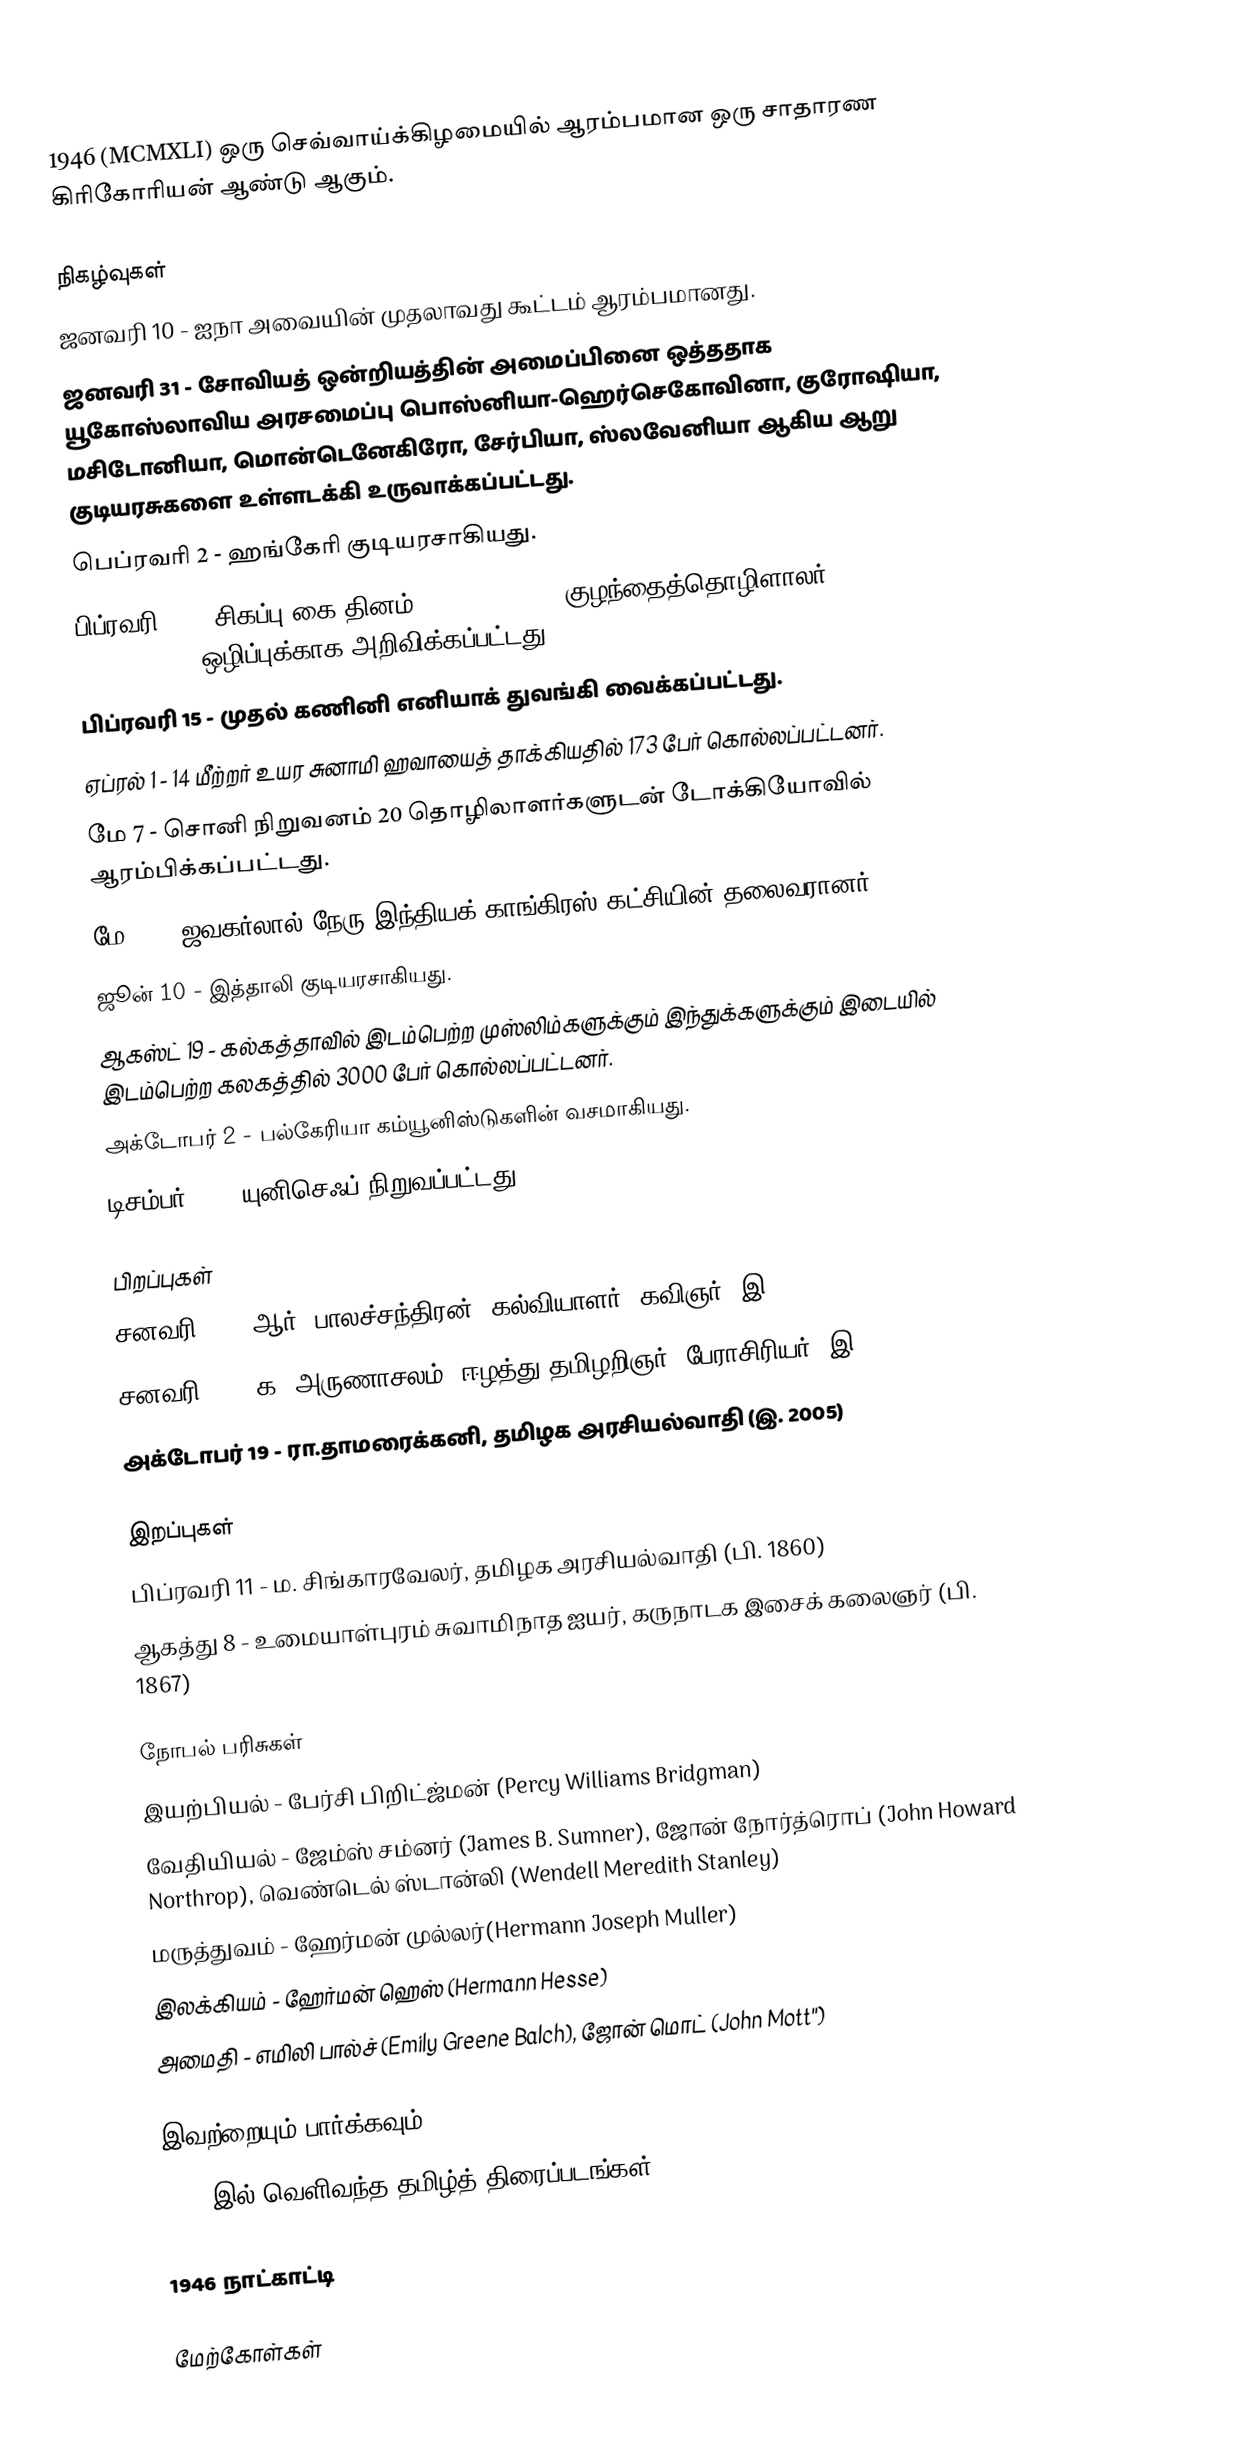
1946  (MCMXLI) ஒரு செவ்வாய்க்கிழமையில் ஆரம்பமான ஒரு சாதாரண கிரிகோரியன் ஆண்டு ஆகும்.

நிகழ்வுகள்
 ஜனவரி 10 - ஐநா அவையின் முதலாவது கூட்டம் ஆரம்பமானது.
 ஜனவரி 31 - சோவியத் ஒன்றியத்தின் அமைப்பினை ஒத்ததாக யூகோஸ்லாவிய அரசமைப்பு பொஸ்னியா-ஹெர்செகோவினா, குரோஷியா, மசிடோனியா, மொன்டெனேகிரோ, சேர்பியா, ஸ்லவேனியா ஆகிய ஆறு குடியரசுகளை உள்ளடக்கி உருவாக்கப்பட்டது.
 பெப்ரவரி 2 - ஹங்கேரி குடியரசாகியது.
 பிப்ரவரி 12 - சிகப்பு கை தினம் (Red Hand Day) குழந்தைத்தொழிளாலர் (Military use of children) ஒழிப்புக்காக அறிவிக்கப்பட்டது
 பிப்ரவரி 15 - முதல் கணினி எனியாக் துவங்கி வைக்கப்பட்டது.
 ஏப்ரல் 1 - 14 மீற்றர் உயர சுனாமி ஹவாயைத் தாக்கியதில் 173 பேர் கொல்லப்பட்டனர்.
 மே 7 - சொனி நிறுவனம் 20 தொழிலாளர்களுடன் டோக்கியோவில் ஆரம்பிக்கப்பட்டது.
 மே 10 - ஜவகர்லால் நேரு இந்தியக் காங்கிரஸ் கட்சியின் தலைவரானர்.
 ஜூன் 10 - இத்தாலி குடியரசாகியது.
 ஆகஸ்ட் 19 - கல்கத்தாவில் இடம்பெற்ற முஸ்லிம்களுக்கும் இந்துக்களுக்கும் இடையில் இடம்பெற்ற கலகத்தில் 3000 பேர் கொல்லப்பட்டனர்.
 அக்டோபர் 2 - பல்கேரியா கம்யூனிஸ்டுகளின் வசமாகியது.
 டிசம்பர் 11 - யுனிசெஃப் நிறுவப்பட்டது.

பிறப்புகள்
சனவரி 13 - ஆர். பாலச்சந்திரன், கல்வியாளர், கவிஞர் (இ. 2009)
சனவரி 14 - க. அருணாசலம், ஈழத்து தமிழறிஞர், பேராசிரியர் (இ. 2015)
அக்டோபர் 19 - ரா.தாமரைக்கனி,  தமிழக அரசியல்வாதி  (இ. 2005)

இறப்புகள்
 பிப்ரவரி 11 - ம. சிங்காரவேலர், தமிழக அரசியல்வாதி (பி. 1860)
 ஆகத்து 8 - உமையாள்புரம் சுவாமிநாத ஐயர், கருநாடக இசைக் கலைஞர் (பி. 1867)

நோபல் பரிசுகள்
 இயற்பியல் - பேர்சி பிறிட்ஜ்மன் (Percy Williams Bridgman)
 வேதியியல் - ஜேம்ஸ் சம்னர் (James B. Sumner), ஜோன் நோர்த்ரொப் (John Howard Northrop), வெண்டெல் ஸ்டான்லி (Wendell Meredith Stanley)
 மருத்துவம் - ஹேர்மன் முல்லர்(Hermann Joseph Muller)
 இலக்கியம் - ஹேர்மன் ஹெஸ் (Hermann Hesse)
 அமைதி - எமிலி பால்ச் (Emily Greene Balch), ஜோன் மொட் (John Mott'')

இவற்றையும் பார்க்கவும்
 1946 இல் வெளிவந்த தமிழ்த் திரைப்படங்கள்

1946 நாட்காட்டி

மேற்கோள்கள்